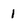
Character: 1